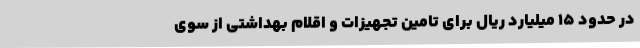
در حدود 15 میلیارد ریال برای تامین تجهیزات و اقلام بهداشتی از سوی